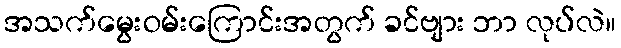
အသက်မွေးဝမ်းကြောင်းအတွက် ခင်ဗျား ဘာ လုပ်လဲ။